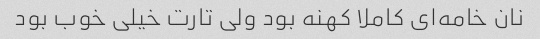
نان خامه‌ای کاملا کهنه بود ولی تارت خیلی خوب بود